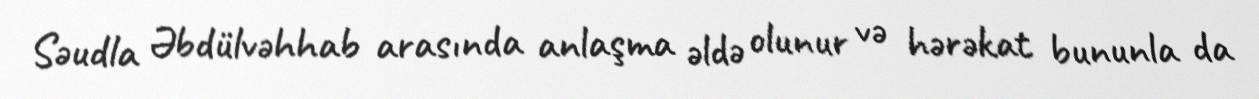
Səudla Əbdülvəhhab arasında anlaşma əldə olunur və hərəkat bununla da